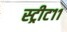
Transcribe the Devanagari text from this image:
स्ट्रीट११